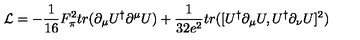
{ \cal { L } } = - \frac { 1 } { 1 6 } F _ { \pi } ^ { 2 } t r ( \partial _ { \mu } U ^ { \dag } \partial ^ { \mu } U ) + \frac { 1 } { 3 2 e ^ { 2 } } t r ( [ U ^ { \dag } \partial _ { \mu } U , U ^ { \dag } \partial _ { \nu } U ] ^ { 2 } )